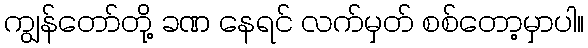
ကျွန်တော်တို့ ခဏ နေရင် လက်မှတ် စစ်တော့မှာပါ။